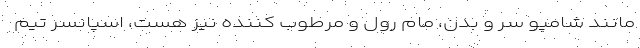
مانند شامپو سر و بدن، مام رول و مرطوب کننده نیز هست، اسپانسر تیم